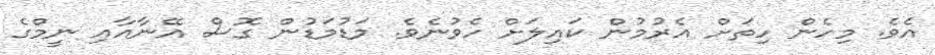
އެވެ. މިހެން ހިތަށް އެރުމުން ކައިލަށް ހެވުނެވެ. މަޑުމަޑުން ގޮސް އޭނާއާއި ނީމްގެ